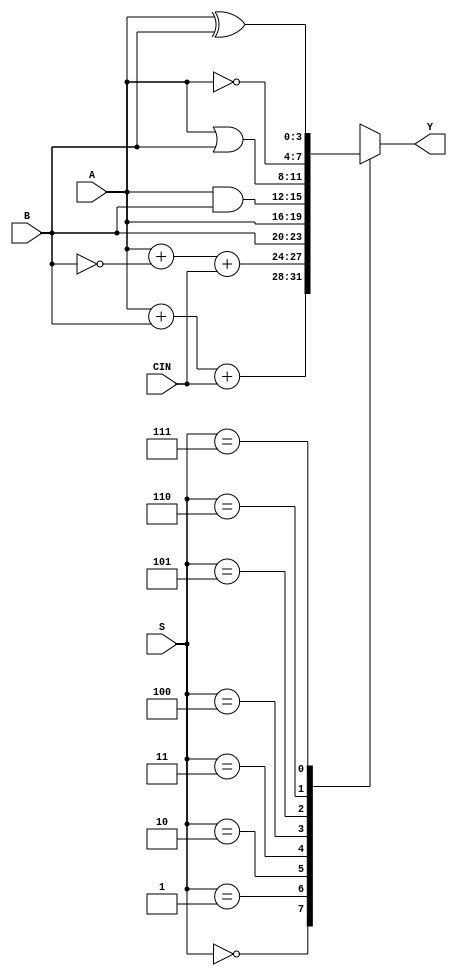
`timescale 1ns / 1ps
//////////////////////////////////////////////////////////////////////////////////
// Company: 
// Engineer: 
// 
// Design Name: 
// Module Name: alu
// Project Name: 
// Target Devices: 
// Tool Versions: 
// Description: 
// 
// Dependencies: 
// 
// Revision:
// Revision 0.01 - File Created
// Additional Comments:
// 
//////////////////////////////////////////////////////////////////////////////////


module alu(A, B, S, CIN, Y);
    input [3:0] A, B;
    input [2:0] S;
    input CIN;
    output reg [3:0] Y;
    
    always@(A or B or S or CIN or Y)
    begin 
        case(S)
            3'b000: Y <= A + B + CIN;
            3'b001: Y = A + ~B + CIN;
            3'b010: Y = B;
            3'b011: Y = A;
            3'b100: Y = A&B;
            3'b101: Y = A|B;
            3'b110: Y = ~A;
            3'b111: Y = A ^ B;
        endcase
    end
endmodule